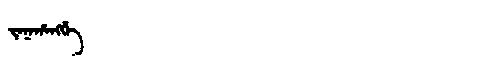
Manchu: ᠵᠠᠨᠠᡥᠠᠩᡤᡝ
Romanization: JANAHANGGE